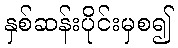
နှစ်ဆန်းပိုင်းမှစ၍